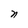
Character: n